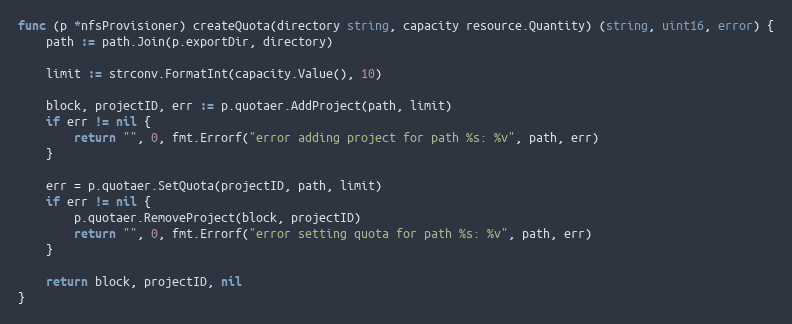
Language: Go
func (p *nfsProvisioner) createQuota(directory string, capacity resource.Quantity) (string, uint16, error) {
	path := path.Join(p.exportDir, directory)

	limit := strconv.FormatInt(capacity.Value(), 10)

	block, projectID, err := p.quotaer.AddProject(path, limit)
	if err != nil {
		return "", 0, fmt.Errorf("error adding project for path %s: %v", path, err)
	}

	err = p.quotaer.SetQuota(projectID, path, limit)
	if err != nil {
		p.quotaer.RemoveProject(block, projectID)
		return "", 0, fmt.Errorf("error setting quota for path %s: %v", path, err)
	}

	return block, projectID, nil
}